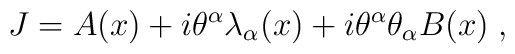
J=A(x)+i\theta^\alpha\lambda_\alpha(x) + i\theta^\alpha \theta_\alpha B(x)\;,